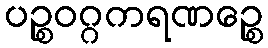
ပဉ္စဝဂ္ဂကရဏဉ္စေ